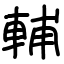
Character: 輔